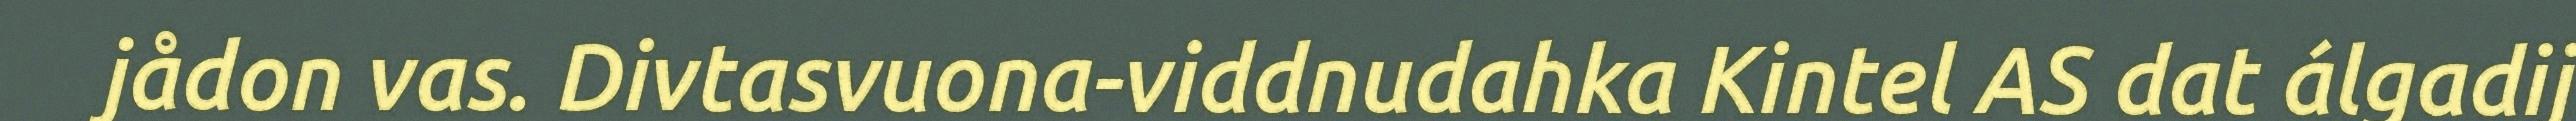
jådon vas. Divtasvuona-viddnudahka Kintel AS dat álgadij